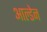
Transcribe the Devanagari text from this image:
आल्डेन